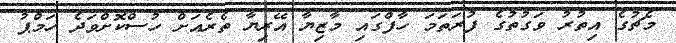
މެޗުގެ އިތުރު ވަގުތުގެ ފުރަތަމަ ހާފްގައި މާޒިޔާ އޭރިޔާ ތެރެއަށް ހުސްކޮށްވަދެ ހަމްޕު